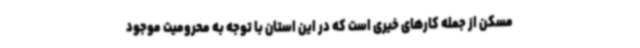
مسکن از جمله کارهای خیری است که در این استان با توجه به محرومیت موجود